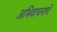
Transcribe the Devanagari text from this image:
अभिवाचनाचे